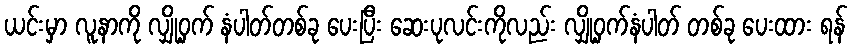
ယင်းမှာ လူနာကို လျှို့ဝှက် နံပါတ်တစ်ခု ပေးပြီး ဆေးပုလင်းကိုလည်း လျှို့ဝှက်နံပါတ် တစ်ခု ပေးထား ရန်